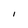
Character: l